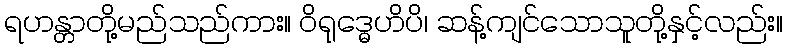
ရဟန္တာတို့မည်သည်ကား။ ဝိရုဒ္ဓေဟိပိ၊ ဆန့်ကျင်သောသူတို့နှင့်လည်း။